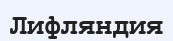
Лифляндия